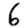
Digit: 6